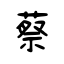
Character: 蔡